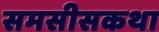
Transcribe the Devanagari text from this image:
समसीसकथा